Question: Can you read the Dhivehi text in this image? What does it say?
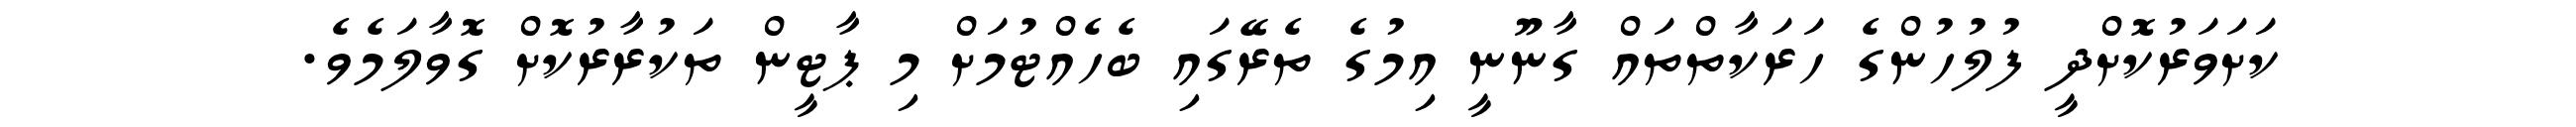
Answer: ކަށަވަރުކޮށްދީ ފުލުހުންގެ ހަރަކާތްތައް ގާނޫނީ އިމުގެ ތެރޭގައި ބެހެއްޓުމަށް މި ޕާޓީން ތަކުރާރުކޮށް ގޮވާލަމެވެ.